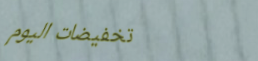
تخفيضات اليوم